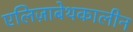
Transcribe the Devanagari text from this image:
एलिज़ाबेथकालीन